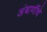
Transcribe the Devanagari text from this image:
अंबाणींचे